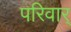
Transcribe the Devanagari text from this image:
परिवार्